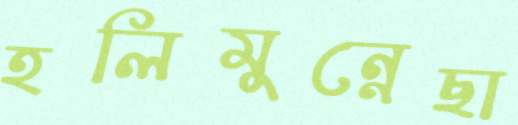
হলিমুন্নেছা